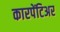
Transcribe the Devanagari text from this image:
कारपेंटिअर